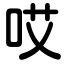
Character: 哎